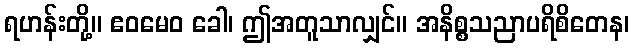
ရဟန်းတို့။ ဧဝမေဝ ခေါ၊ ဤအတူသာလျှင်။ အနိစ္စသညာပရိစိတေန၊